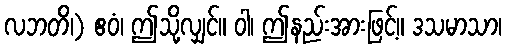
လဘတိ၊) ဧဝံ၊ ဤသို့လျှင်။ ဝါ၊ ဤနည်းအားဖြင့်။ ဒသမာသာ၊